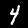
Digit: 4